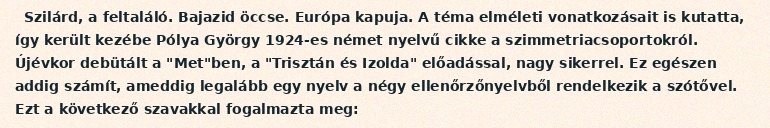
Szilárd, a feltaláló. Bajazid öccse. Európa kapuja. A téma elméleti vonatkozásait is kutatta, így került kezébe Pólya György 1924-es német nyelvű cikke a szimmetriacsoportokról. Újévkor debütált a "Met"ben, a "Trisztán és Izolda" előadással, nagy sikerrel. Ez egészen addig számít, ameddig legalább egy nyelv a négy ellenőrzőnyelvből rendelkezik a szótővel. Ezt a következő szavakkal fogalmazta meg: